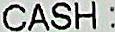
CASH :